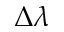
\Delta \lambda